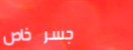
جسر خاص